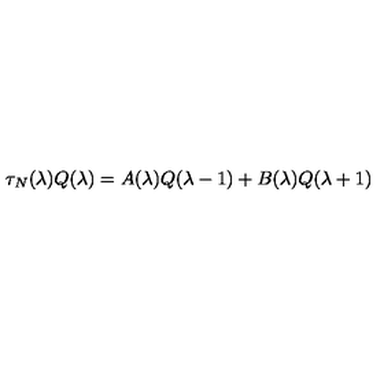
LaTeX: \tau _ { N } ( \lambda ) Q ( \lambda ) = A ( \lambda ) Q ( \lambda - 1 ) + B ( \lambda ) Q ( \lambda + 1 )